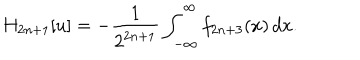
LaTeX: H _ { 2 n + 1 } [ u ] = - { \frac { 1 } { 2 ^ { 2 n + 1 } } } \int _ { - \infty } ^ { \infty } f _ { 2 n + 3 } ( x ) \, d x .